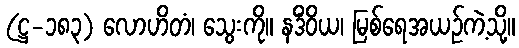
(ဋ္ဌ-၁၈၃) လောဟိတံ၊ သွေးကို။ နဒိံဝိယ၊ မြစ်ရေအယဉ်ကဲ့သို့။